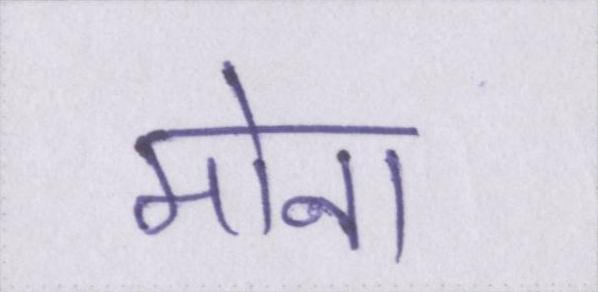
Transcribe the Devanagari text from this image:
मोना